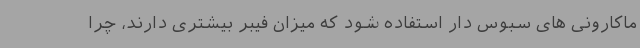
ماکارونی های سبوس دار استفاده شود که میزان فیبر بیشتری دارند، چرا